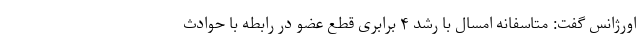
اورژانس گفت: متاسفانه امسال با رشد ۴ برابری قطع عضو در رابطه با حوادث